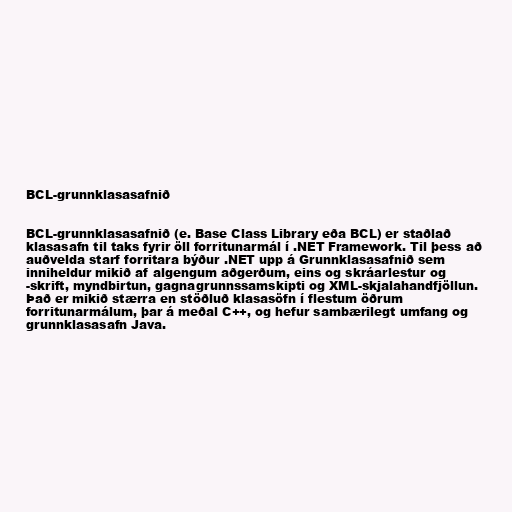
BCL-grunnklasasafnið

BCL-grunnklasasafnið (e. Base Class Library eða BCL) er staðlað
klasasafn til taks fyrir öll forritunarmál í .NET Framework. Til þess að
auðvelda starf forritara býður .NET upp á Grunnklasasafnið sem
inniheldur mikið af algengum aðgerðum, eins og skráarlestur og
-skrift, myndbirtun, gagnagrunnssamskipti og XML-skjalahandfjöllun.
Það er mikið stærra en stöðluð klasasöfn í flestum öðrum
forritunarmálum, þar á meðal C++, og hefur sambærilegt umfang og
grunnklasasafn Java.